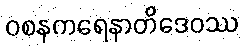
ဝစနကရေနာတိဒေဝဿ